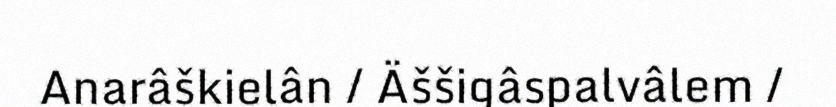
Anarâškielân / Äššigâspalvâlem /